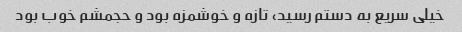
خیلی سریع به دستم رسید، تازه و خوشمزه بود و حجمشم خوب بود